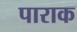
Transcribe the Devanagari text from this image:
पाराक